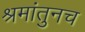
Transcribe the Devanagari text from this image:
श्रमांतुनच